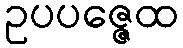
ဥပပဇ္ဇေထ